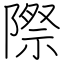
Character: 際